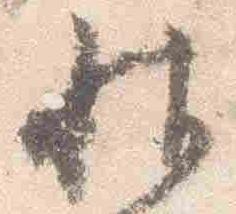
帖